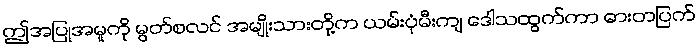
ဤအပြုအမူကို မွတ်စလင် အမျိုးသားတို့က ယမ်းပုံမီးကျ ဒေါသထွက်ကာ ဓားတပြက်